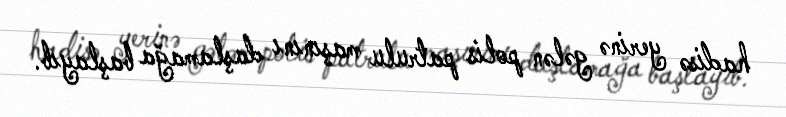
hadisə yerinə gələn polis patrulu maşınını daşlamağa başlayıb.